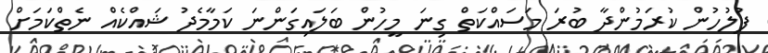
ފުލުހުން ކުރަމުންދާ ބުރަ މަސައްކަތް ގިނަ މީހުން ބަލައިގަންނަ ކަމާމެދު ޝައްކެއް ނެތްކަމަށް